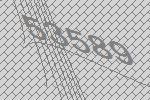
53589